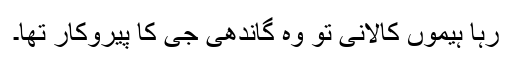
رہا ہیموں کالانی تو وہ گاندھی جی کا پیروکار تھا۔